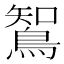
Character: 𮬼